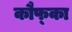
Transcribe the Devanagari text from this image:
कौफ्का